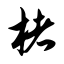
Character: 楮